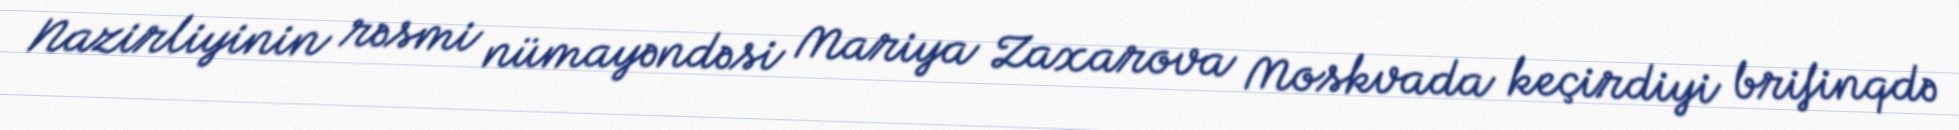
Nazirliyinin rəsmi nümayəndəsi Mariya Zaxarova Moskvada keçirdiyi brifinqdə